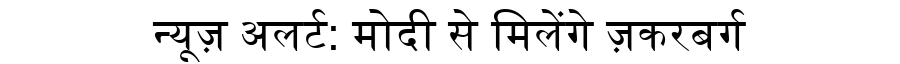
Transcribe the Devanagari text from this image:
न्यूज़ अलर्ट: मोदी से मिलेंगे ज़करबर्ग